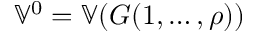
\mathbb { V } ^ { 0 } = \mathbb { V } ( G ( 1 , \ldots , \rho ) )